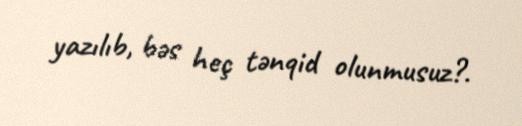
yazılıb, bəs heç tənqid olunmusuz?.